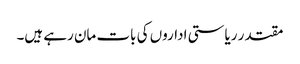
مقتدر ریاستی اداروں کی بات مان رہے ہیں۔